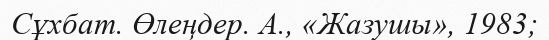
Сұхбат. Өлеңдер. А., «Жазушы», 1983;